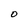
Character: O